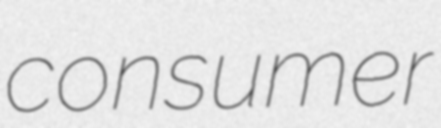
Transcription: consumer